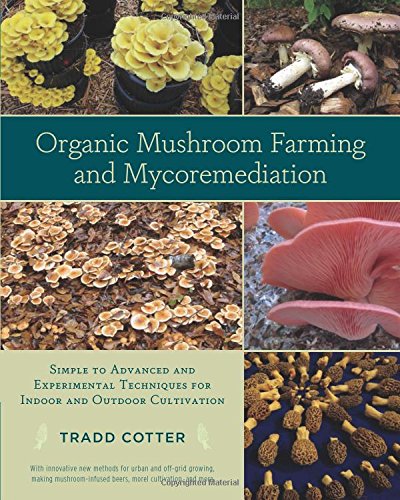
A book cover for Organic Mushroom Farming and Mycoremediation: Simple to Advanced and Experimental Techniques for Indoor and Outdoor Cultivation; Tradd Cotter; Crafts, Hobbies & Home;